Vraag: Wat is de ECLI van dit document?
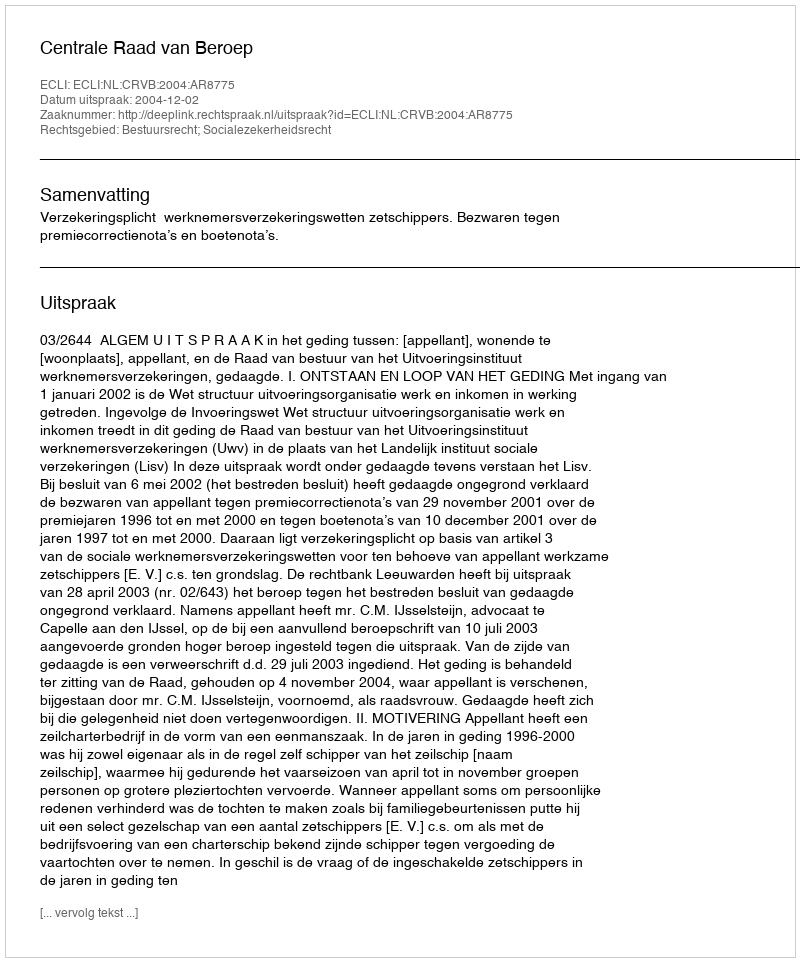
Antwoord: ECLI:NL:CRVB:2004:AR8775